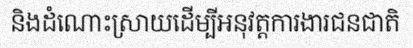
និងដំណោះស្រាយដើម្បីអនុវត្តការងារជនជាតិ